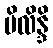
ပိလိန္ဒိ